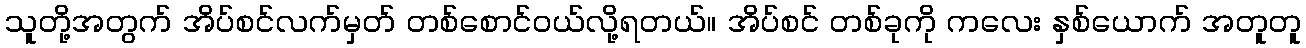
သူတို့အတွက် အိပ်စင်လက်မှတ် တစ်စောင်ဝယ်လို့ရတယ်။ အိပ်စင် တစ်ခုကို ကလေး နှစ်ယောက် အတူတူ